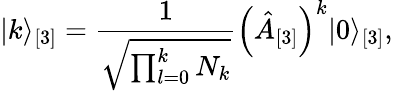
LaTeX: \vert k\rangle_{[3]}=\frac{1}{\sqrt{\prod_{l=0}^{k}N_{k}}}\Bigl(\hat{A}_{[3]}\Bigr)^{k}\vert 0\rangle_{[3]},